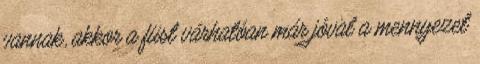
vannak, akkor a füst várhatóan már jóval a mennyezet